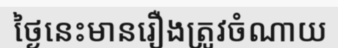
ថ្ងៃនេះមានរឿងត្រូវចំណាយ